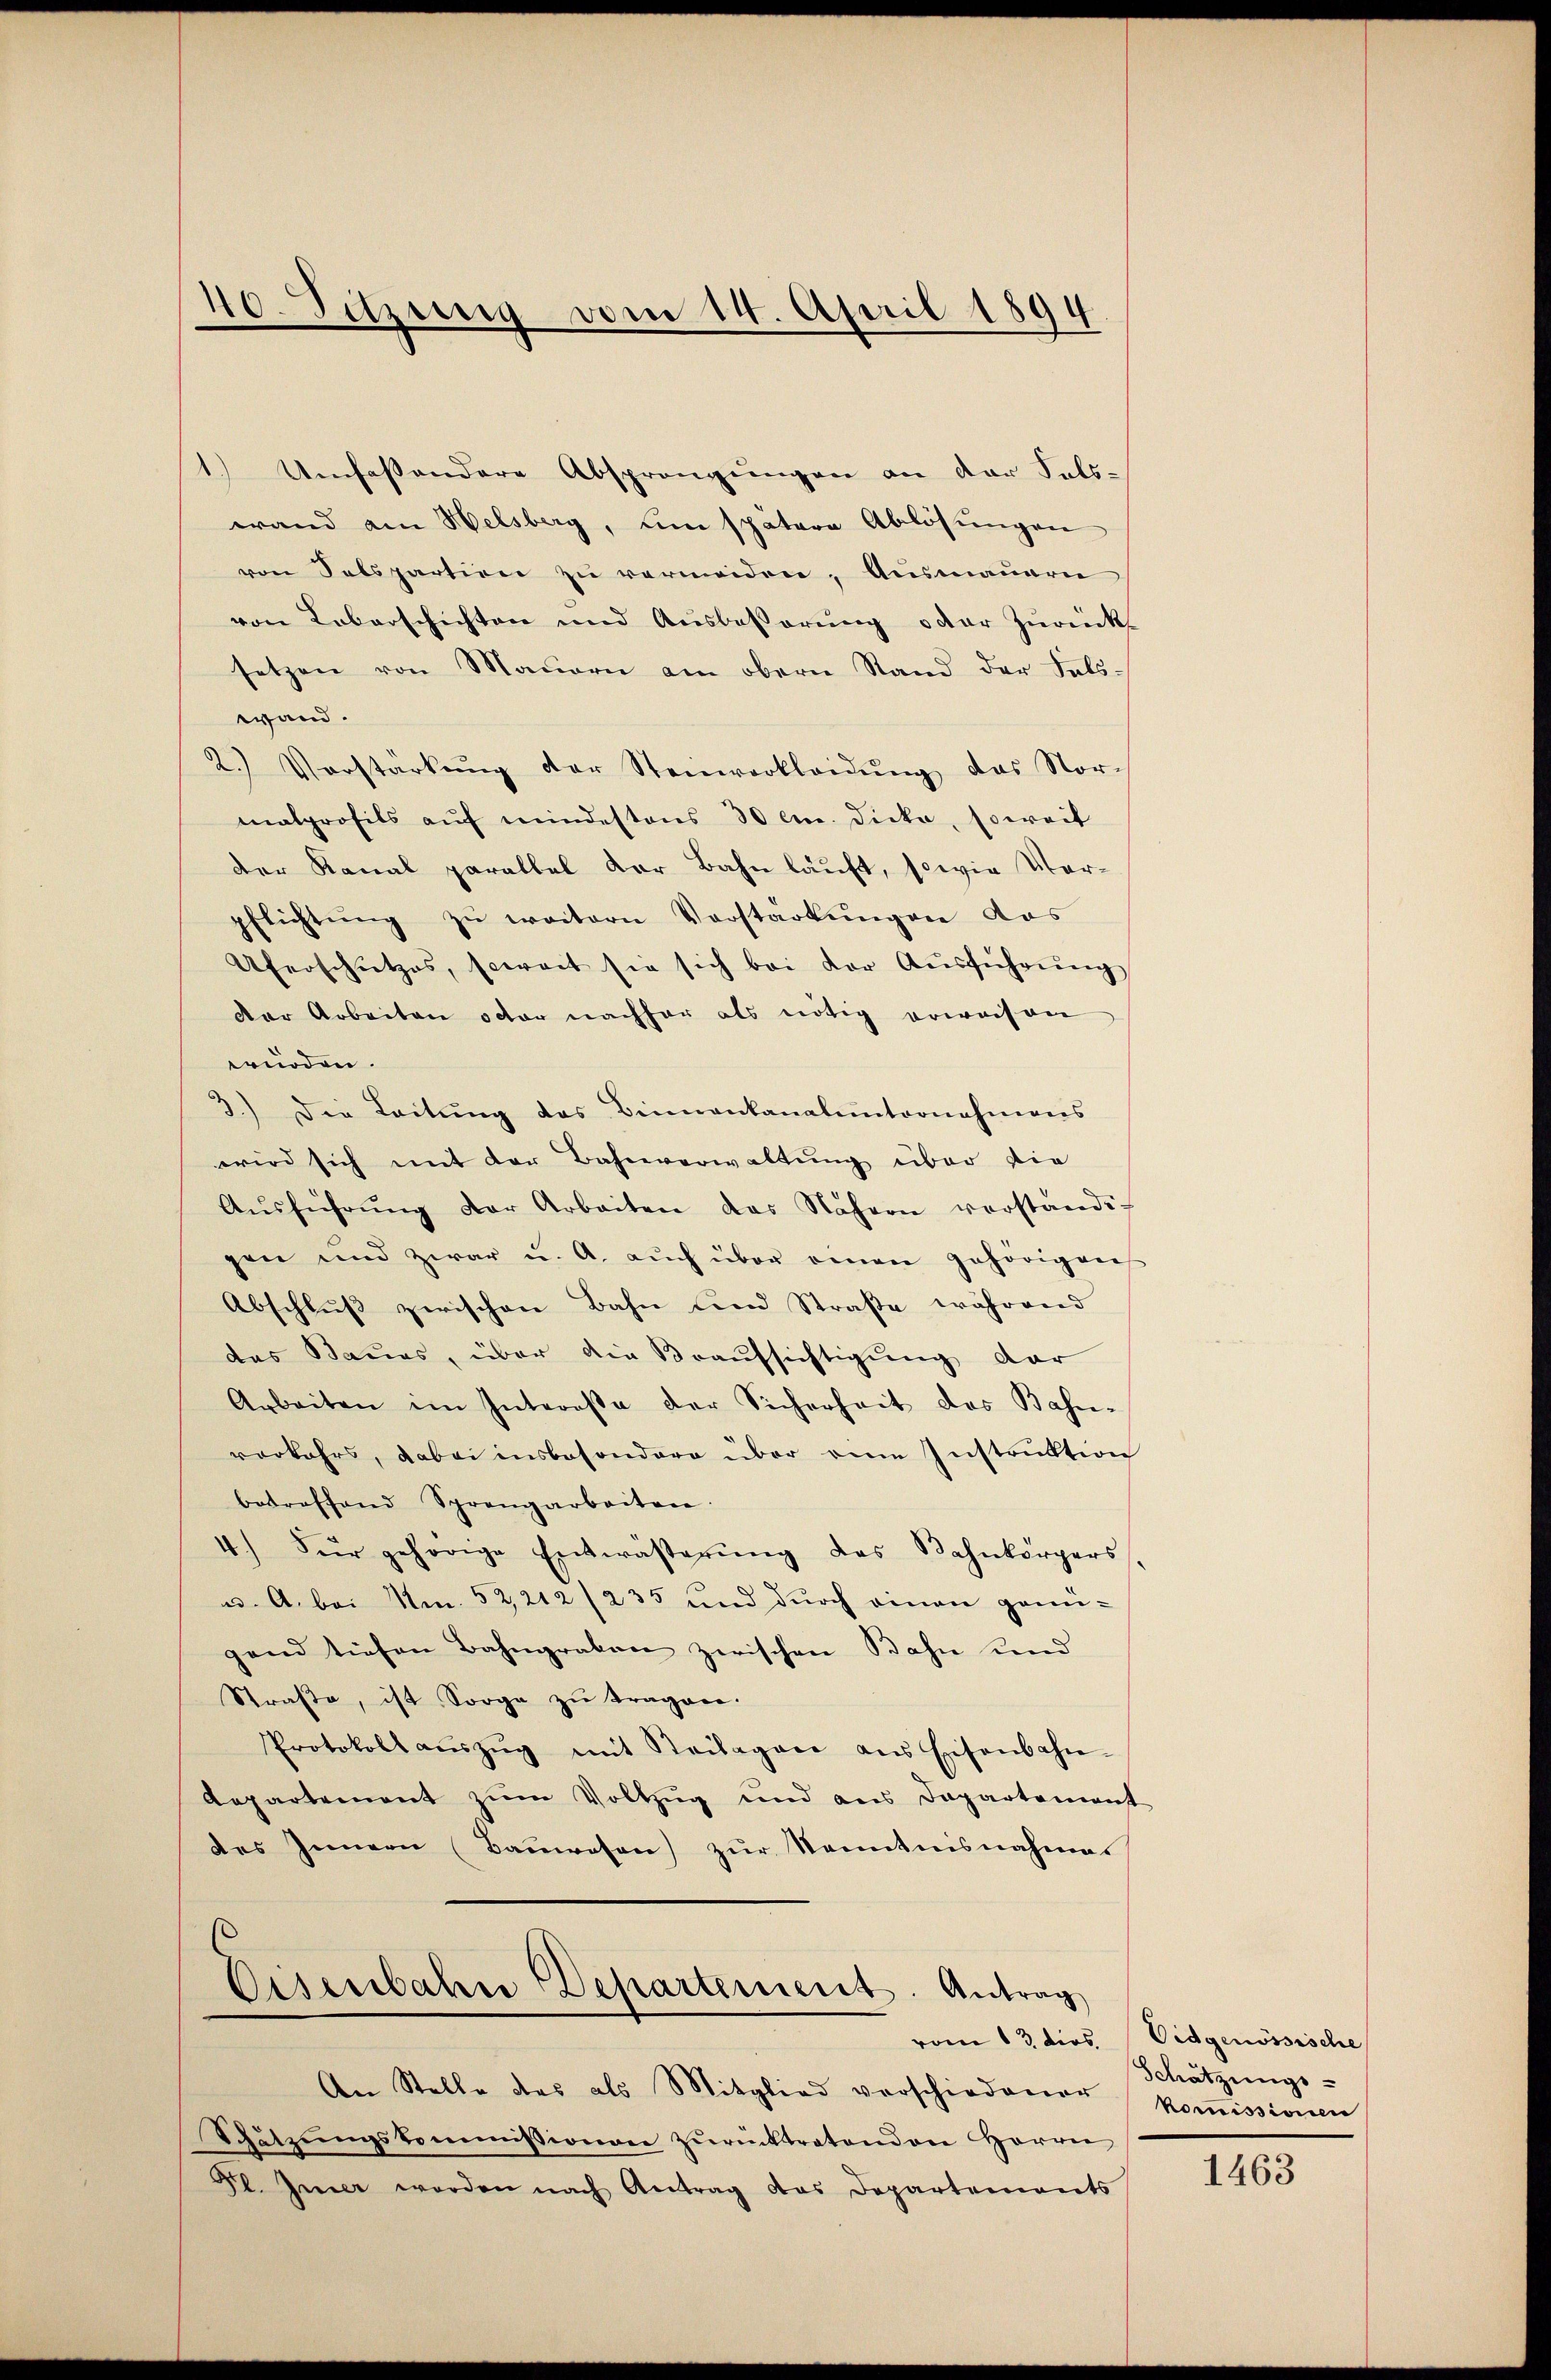
40. Sitzung vom 14. April 1894.

Umfassendere Absprengungen an der Felswand am Welsberg, um spätere Ablösungen
ven Selspartion zŭ vermeiden, Ausmauern
von Leberschichten und Ausbesserŭng oder Zŭrück
setzen von Mauern am obern Stand der Fals-
wand.
2. Vorstärkŭng der Steinverkleidŭng das Nor-
malprofils aŭf mindestens 30 cm. Dicke, soweit
der Kanal parallel der Bahnläuft, sowie Vorpflichtung zu weitern Vorstarkungen das
Uferschutzes, soweit sie sich bei der Aŭsführŭng
der Arbeiten octor nachher als nötig erwaisen
würden.
3.) Die Leitŭng das Binnenkanalunternahmens
wird sich mit der Bahnverwaltung über die
Aŭsführŭng der Arbeiten das Nähern verständi-
gen und zwar u. A. aŭch über einen gehörigen
Abschluß zwischen Bahn und Straße während
das Baues, über die Braufsichtigung dar
Arbeiten im Interesse der Sicherheit des Bahn-
verkehrs, dabei insbesondere über eine Instruktion
betreffend Sprengarbeiten.
4.) Für gehörige Entwässerŭng des Bahnkörpers
u. A. bei Nm. 52,212 (235 und durch einen genü-
gend tiefen Bahngraben zwischen Bahn und
Straβe, ist Sorge zŭ tragen.
Protokoll aŭszŭg mit Steilagene ans Eisenbahn-
Aepartement zum Vollzug und aus Departement
des Innern (Baŭwesen zŭr Kenntnisnahmes

Eisenbahre Departement. Antrag

An Stelle des als Mitglied verschiedener
Schützŭngskommissionen zŭrücktratenden Herrn
Fl. Inner werden nach Antrag das Departements

t
t

vom 13. dies Eidgenössische
Schätzungs-
Kommissionen

1463